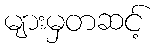
များမှတဆင့်